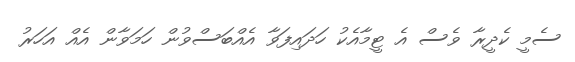
ސެމީ ކެދީރާ ވެސް އެ ޓީމާއެކު ހަދައިފަވާ އެއްބަސްވުން ހަަމަވާން އެއް އަހަރު